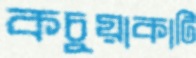
কচুয়াকাটি